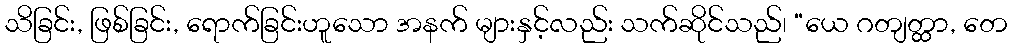
သိခြင်း, ဖြစ်ခြင်း, ရောက်ခြင်းဟူသော အနက် များနှင့်လည်း သက်ဆိုင်သည်၊ “ယေ ဂတျတ္ထာ, တေ